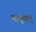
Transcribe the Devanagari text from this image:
मामृताम्‌